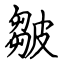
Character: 皺